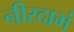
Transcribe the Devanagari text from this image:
नीरदाभं